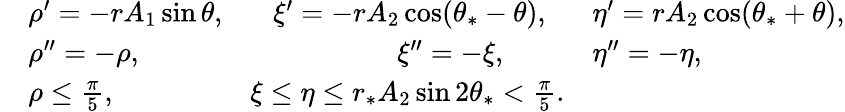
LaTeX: \begin{array}{rlrl}&{\rho^{\prime}=-rA_{1}\sin\theta,}&{\xi^{\prime}=-rA_{2}\cos(\theta_{*}-\theta),\ \ }&{\eta^{\prime}=rA_{2}\cos(\theta_{*}+\theta),}\\ &{\rho^{\prime\prime}=-\rho,}&{\xi^{\prime\prime}=-\xi,\ \ \ \ \ \ \ \ }&{\eta^{\prime\prime}=-\eta,}\\ &{\rho\le\frac{\pi}{5},}&{\xi\le\eta\le r_{*}A_{2}\sin 2\theta_{*}<\frac{\pi}{5}.}\end{array}